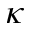
\kappa